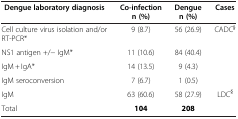
<table><thead><tr><td><b>Dengue laboratory diagnosis</b></td><td><b>Co-infectionn (%)</b></td><td><b>Denguen (%)</b></td><td><b>Cases</b></td></tr></thead><tbody><tr><td>Cell culture virus isolation and/or RT-PCR*</td><td>9 (8.7)</td><td>56 (26.9)</td><td rowspan="4">CADC<sup>§</sup></td></tr><tr><td>NS1 antigen +/− IgM*</td><td>11 (10.6)</td><td>84 (40.4)</td></tr><tr><td>IgM + IgA*</td><td>14 (13.5)</td><td>9 (4.3)</td></tr><tr><td>IgM seroconversion</td><td>7 (6.7)</td><td>1 (0.5)</td></tr><tr><td>IgM</td><td>63 (60.6)</td><td>58 (27.9)</td><td>LDC<sup>§</sup></td></tr><tr><td>Total</td><td><b>104</b></td><td><b>208</b></td><td> </td></tr></tbody></table>